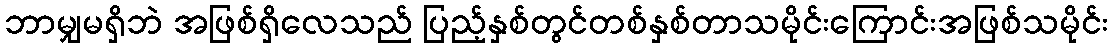
ဘာမျှမရှိဘဲ အဖြစ်ရှိလေသည် ပြည့်နှစ်တွင်တစ်နှစ်တာသမိုင်းကြောင်းအဖြစ်သမိုင်း